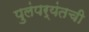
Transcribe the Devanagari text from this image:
पुलंपर्यंतची